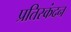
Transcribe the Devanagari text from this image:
प्रतिस्कंदन